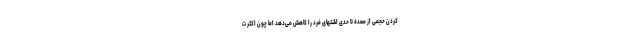
کردن حجمی از معده تا حدی اشتهای فرد را کاهش می‌دهد اما چون اکثر ت